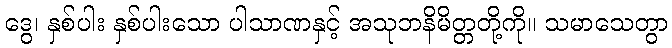
ဒွေ၊ နှစ်ပါး နှစ်ပါးသော ပါသာဏနှင့် အသုဘနိမိတ္တတို့ကို။ သမာသေတွာ